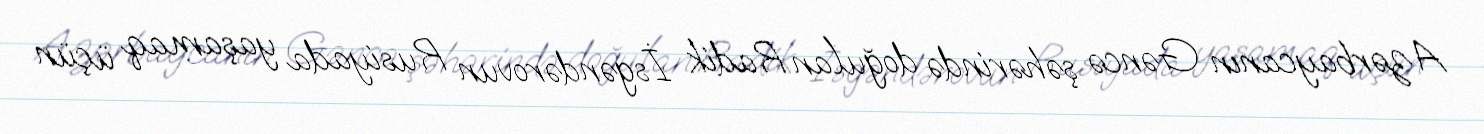
Azərbaycanın Gəncə şəhərində doğulan Radik İsgəndərovun Rusiyada yaşamaq üçün